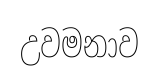
උවමනාව